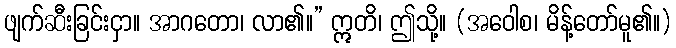
ဖျက်ဆီးခြင်းငှာ။ အာဂတော၊ လာ၏။” ဣတိ၊ ဤသို့။ (အဝေါစ၊ မိန့်တော်မူ၏။)